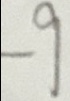
- 9